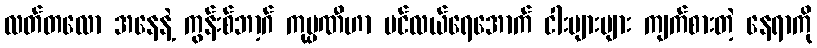
လတ်တလော အနေနဲ့ ကွန်းစ်ဘာ့ဂ် ကုမ္ပဏီဟာ ပင်လယ်ရေအောက် ငါးများများ ကျက်စားတဲ့ နေရာကို